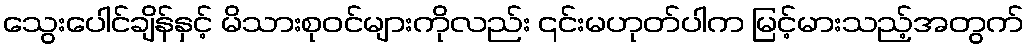
သွေးပေါင်ချိန်နှင့် မိသားစုဝင်များကိုလည်း ၎င်းမဟုတ်ပါက မြင့်မားသည့်အတွက်